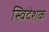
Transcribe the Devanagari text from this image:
स्विदेशक